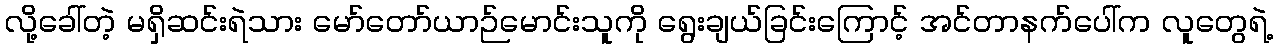
လို့ခေါ်တဲ့ မရှိဆင်းရဲသား မော်တော်ယာဉ်မောင်းသူကို ရွေးချယ်ခြင်းကြောင့် အင်တာနက်ပေါ်က လူတွေရဲ့